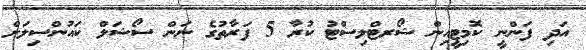
އަދި ފަންނީ ކޮމިޓީއިން ޝޯރޓްލިސްޓު ކުރާ 5 ފަރާތުގެ ނަން ސޯޝަލް ކައުންސިލަށް